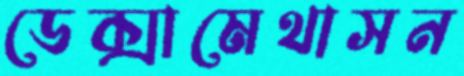
ডেক্সামেথাসন